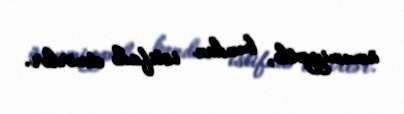
ümumiyyətlə, bundan istifadə etmirlər.